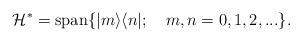
LaTeX: \begin{align*}\mathcal{H}^{*}=\mathrm{span}\{|m\rangle \langle n|;\quad m,n=0,1,2,...\}.\end{align*}